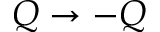
Q \rightarrow - Q